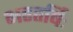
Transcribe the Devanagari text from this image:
भरतर्षिः